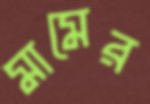
মামের